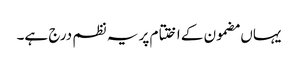
یہاں مضمون کے اختتام پر یہ نظم درج ہے۔